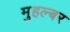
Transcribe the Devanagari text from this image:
मुहल्बर